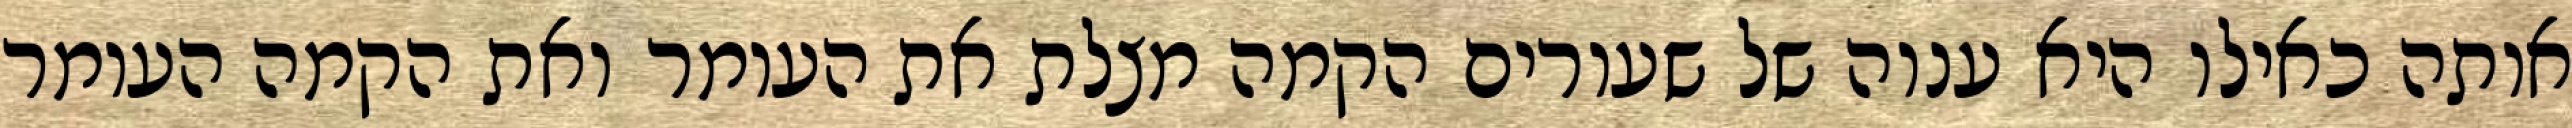
אותה כאילו היא ענוה של שעורים הקמה מצלת את העומר ואת הקמה העומר